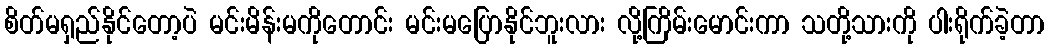
စိတ်မရှည်နိုင်တော့ပဲ မင်းမိန်းမကိုတောင်း မင်းမပြောနိုင်ဘူးလား လို့ကြိမ်းမောင်းကာ သတို့သားကို ပါးရိုက်ခဲ့တာ